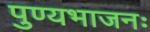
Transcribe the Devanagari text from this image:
पुण्यभाजनः